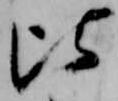
比